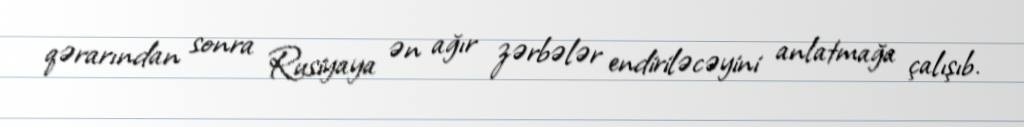
qərarından sonra Rusiyaya ən ağır zərbələr endiriləcəyini anlatmağa çalışıb.